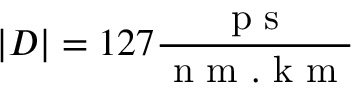
| D | = 1 2 7 \frac { \mathrm { ~ p ~ s ~ } } { \mathrm { ~ n ~ m ~ . ~ k ~ m ~ } }